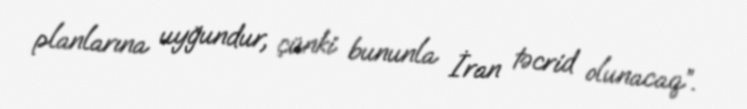
planlarına uyğundur, çünki bununla İran təcrid olunacaq”.